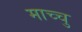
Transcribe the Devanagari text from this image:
माच्चु